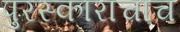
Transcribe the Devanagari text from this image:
पुरस्काराचाच